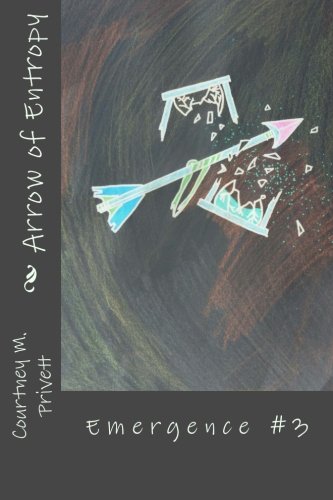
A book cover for Arrow of Entropy (Emergence) (Volume 3); Courtney M. Privett; Science Fiction & Fantasy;